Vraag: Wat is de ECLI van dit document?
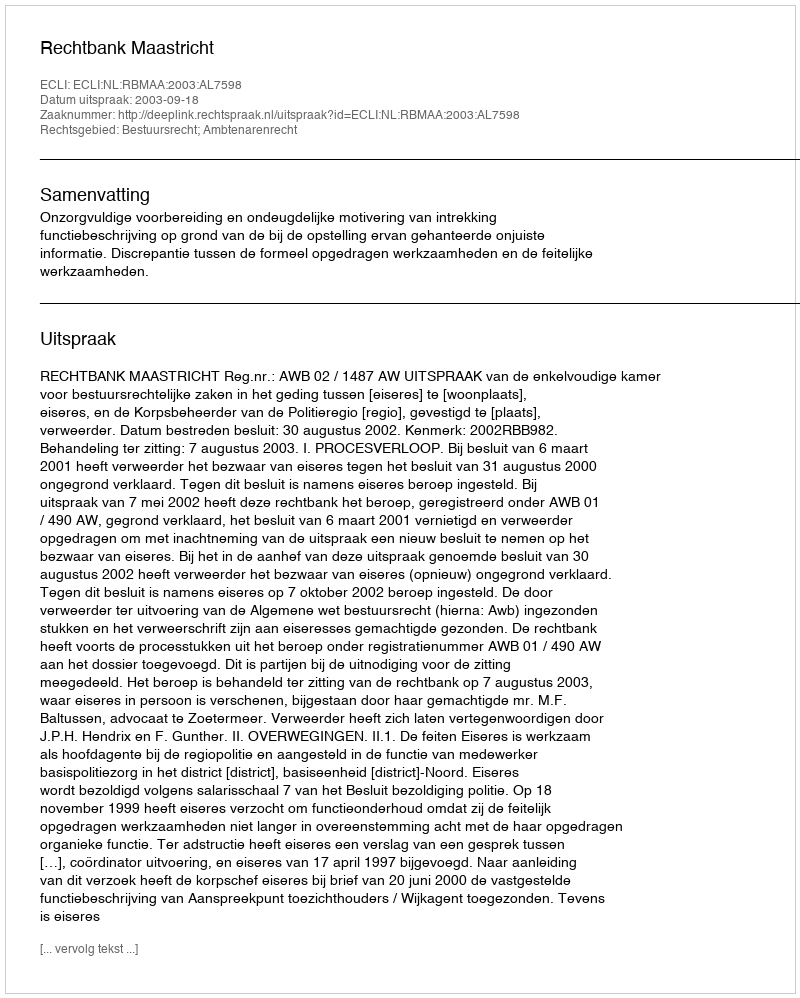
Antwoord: ECLI:NL:RBMAA:2003:AL7598